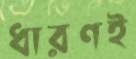
ধারণই